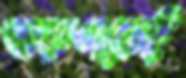
তরুণকেই